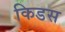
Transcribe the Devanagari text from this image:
किडस